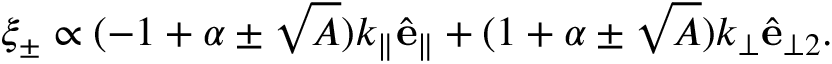
\begin{array} { r } { \xi _ { \pm } \propto ( - 1 + \alpha \pm \sqrt { A } ) k _ { \parallel } \hat { \mathbf { e } } _ { \parallel } + ( 1 + \alpha \pm \sqrt { A } ) k _ { \perp } \hat { \mathbf { e } } _ { \perp 2 } . } \end{array}